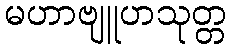
မဟာဗျူဟသုတ္တ